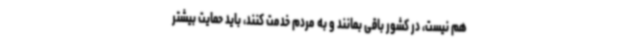
هم نیست،‌ در کشور باقی بمانند و به مردم خدمت کنند،‌ باید حمایت بیشتر